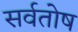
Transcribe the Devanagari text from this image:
सर्वतोष